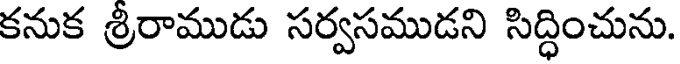
కనుక శ్రీరాముడు సర్వసముడని సిద్ధించును.